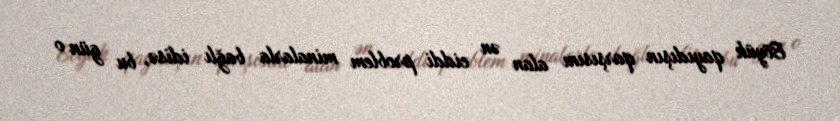
Böyük qayıdışın qarşısını alan ən ciddi problem minalarla bağlı idisə, bu gün o